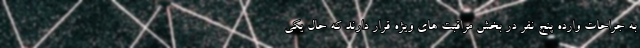
به جراحات وارده پنج نفر در بخش مراقبت های ویژه قرار دارند که حال یکی